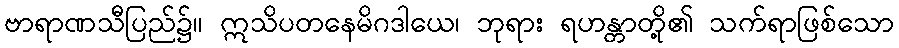
ဗာရာဏသီပြည်၌။ ဣသိပတနေမိဂဒါယေ၊ ဘုရား ရဟန္တာတို့၏ သက်ရာဖြစ်သော